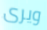
ويرى